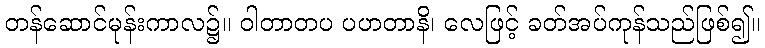
တန်ဆောင်မုန်းကာလ၌။ ဝါတာတပ ပဟတာနိ၊ လေဖြင့် ခတ်အပ်ကုန်သည်ဖြစ်၍။